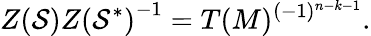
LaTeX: {Z({\cal S})}{Z({\cal S}^{*})}^{-1}=T(M)^{(-1)^{n-k-1}}.